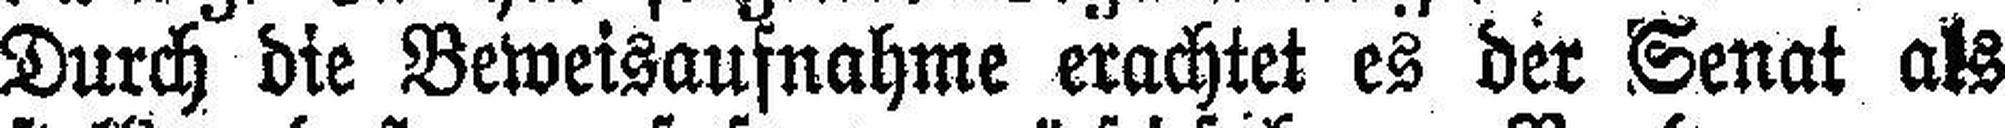
Durch die Beweisaufnahme erachtet es der Senat als